Venemaal_asunud_Eesti_seltside_dokumendid, lk 5
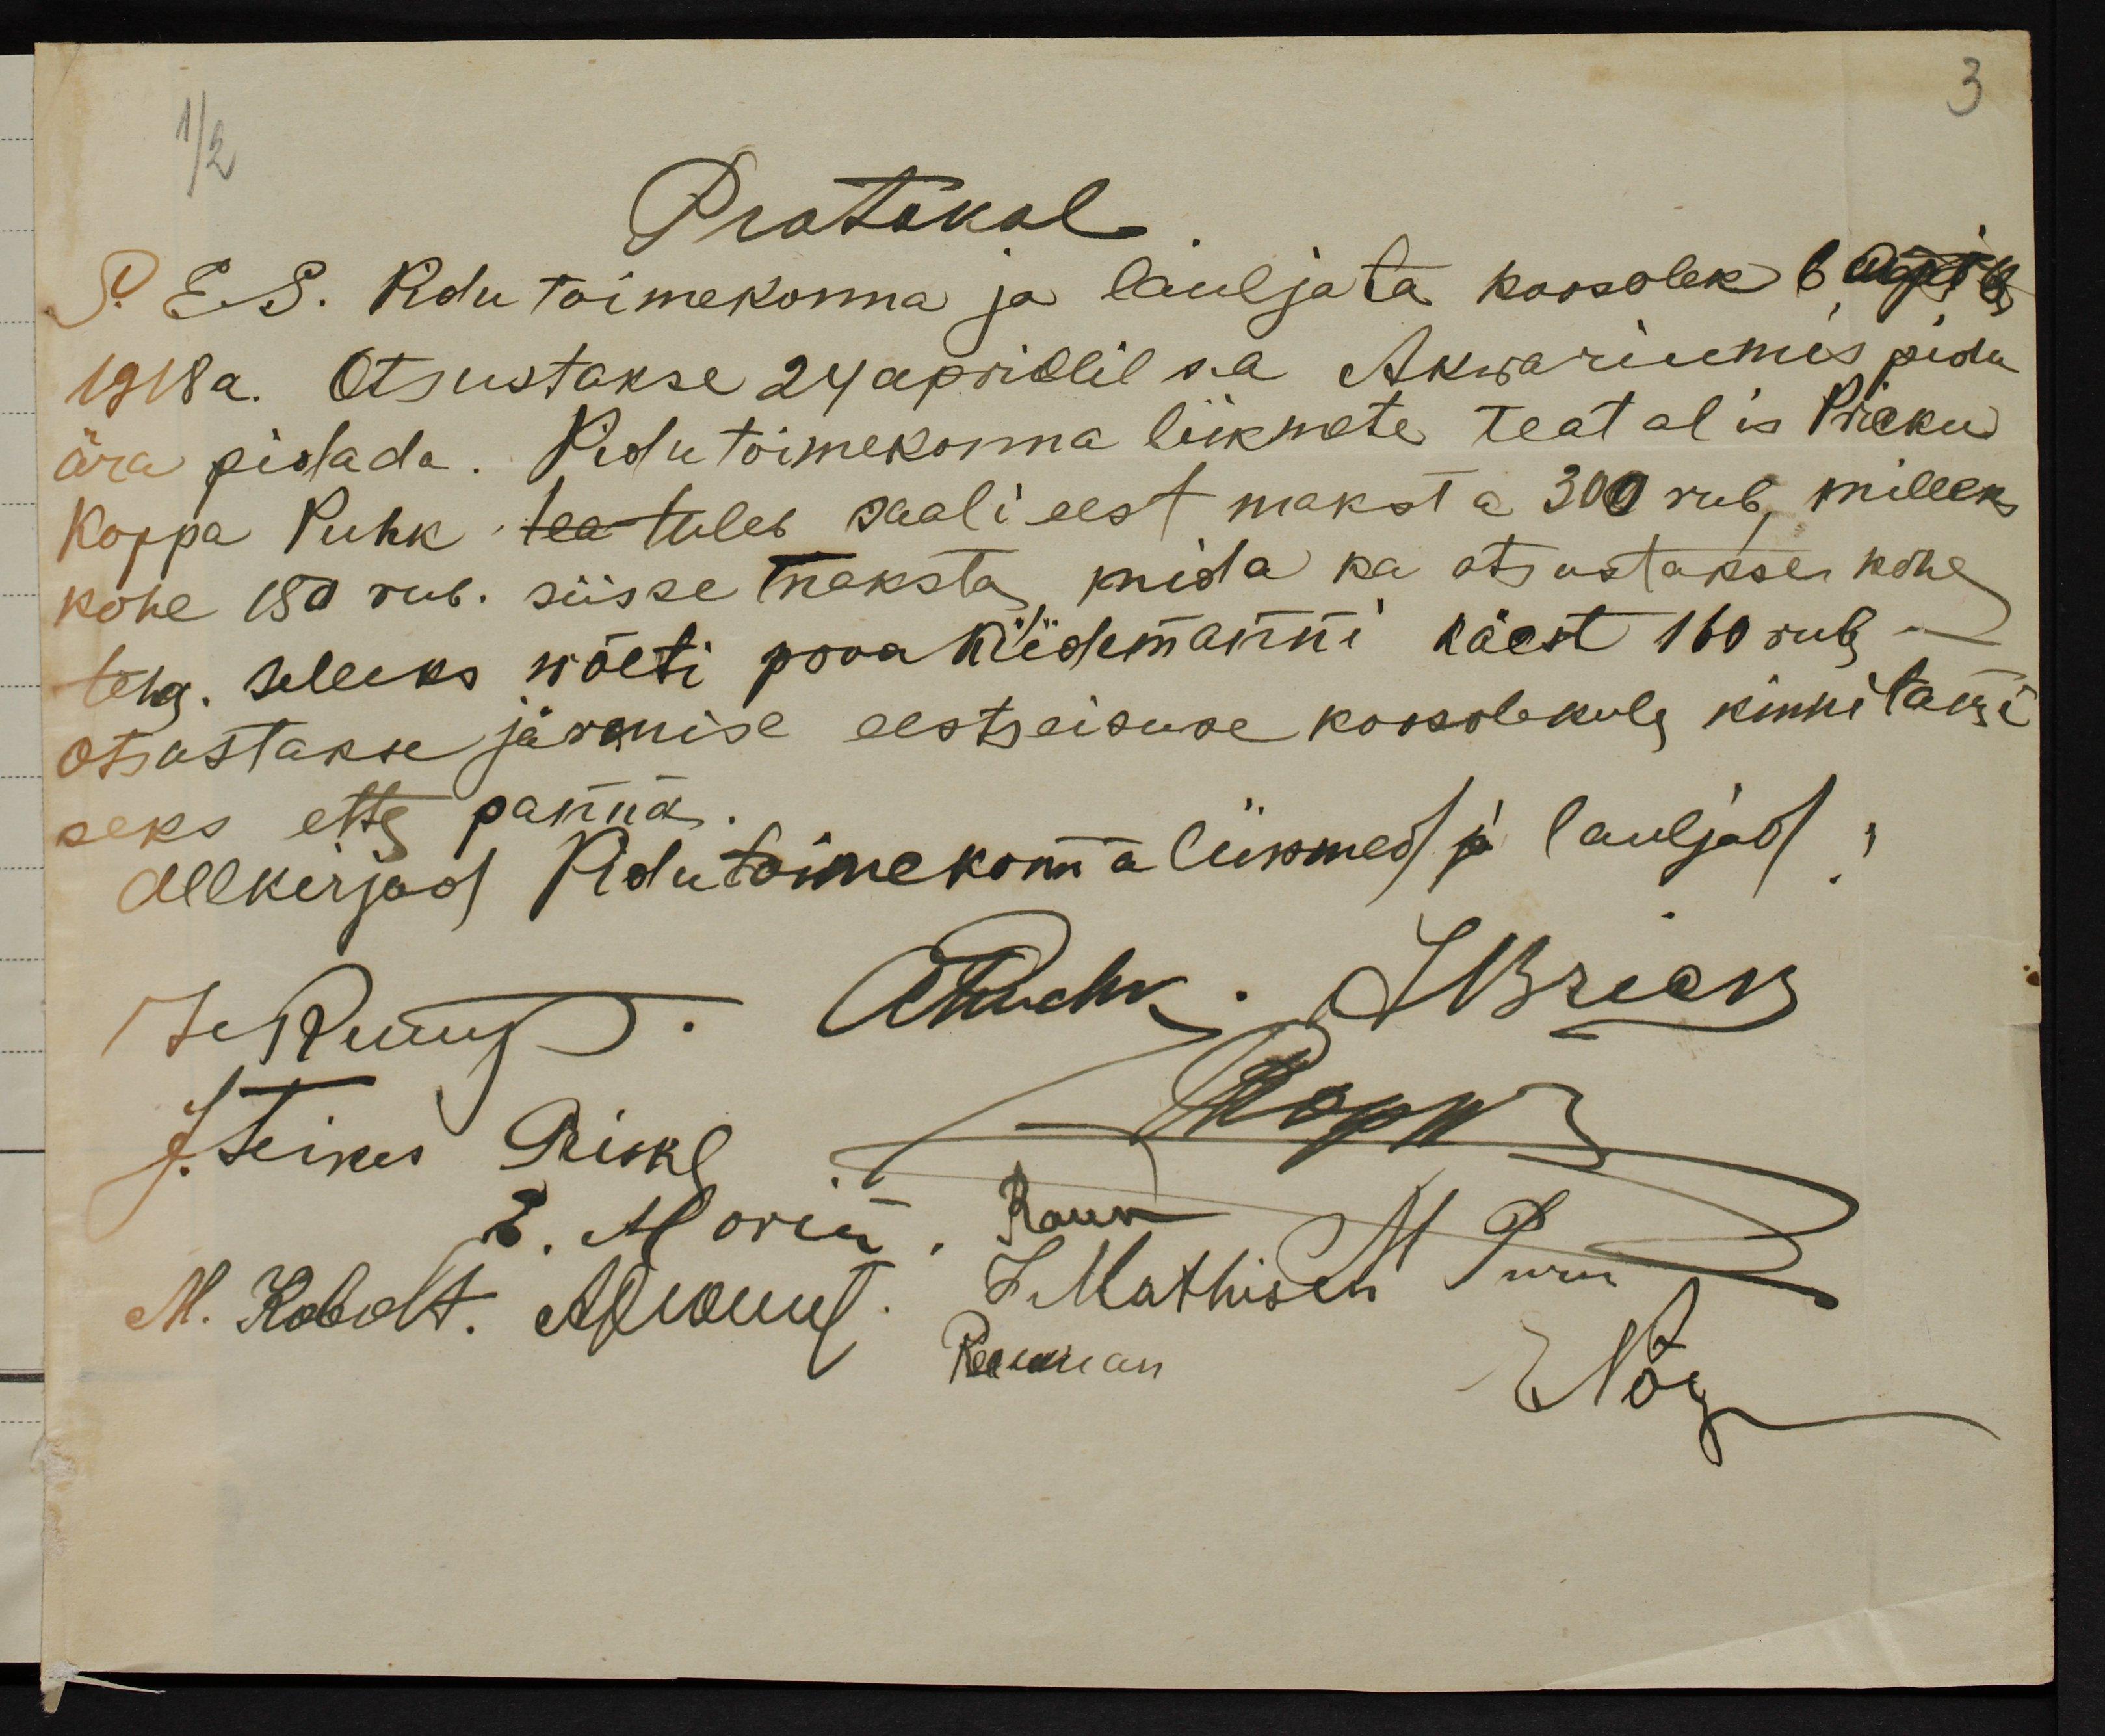
3

1/2

Protokol.
P. E.S. Pidutoimekonna ja lauljata koosolek 6 Aprill
1918 a. Otsustakse 24 aprillil s.a Akwariumis pidu
ära pidada. Pidutoimekonna liikmete teat alis Pääku
Koppa Puhk tea tuleb saali eest maksta 300 rub, milleks
kohe 180 rub. siisse maksta mida ka otsustakse kohe
teha. selleks wõeti proua Kiidemanni käest 160 rub.-
otsustakse järmise eestseisuse koosolekule kinnitakse
seks ette panna.
Allkirjad Pidutoimekonnaliikmed ja lauljad
Jepuhut: Ahuhk. Merek
J. Teinud Rikel 1/Kopi
8. Morin, Rann M.
N. Hobalt: Arkaug: J. Märtsili P. Nõu
Kaaman